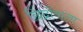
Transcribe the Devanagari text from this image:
छिद्रोंवाला